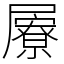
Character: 屪